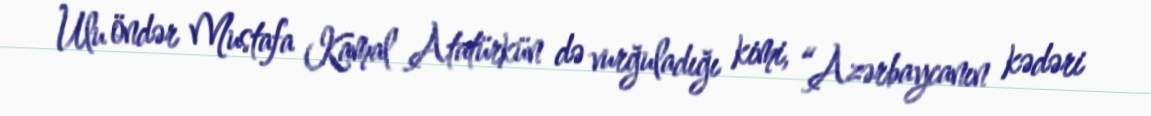
Ulu öndər Mustafa Kamal Atatürkün də vurğuladığı kimi, “Azərbaycanın kədəri